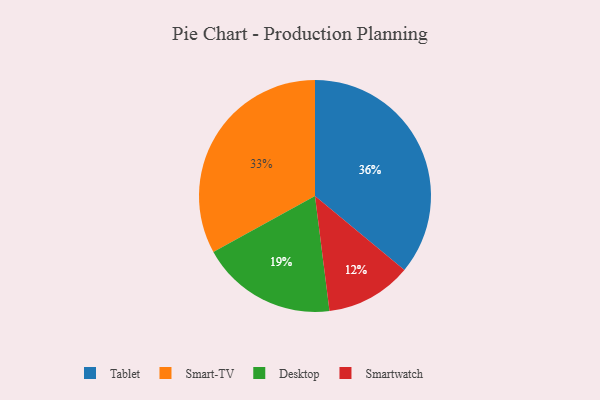
{"axis": {"x": "Category", "y": "Percentage"}, "legend": ["Desktop", "Smart-TV", "Smartwatch", "Tablet"], "data": [{"x": "Tablet", "y": 36, "type": "Tablet"}, {"x": "Smartwatch", "y": 12, "type": "Smartwatch"}, {"x": "Smart-TV", "y": 33, "type": "Smart-TV"}, {"x": "Desktop", "y": 19, "type": "Desktop"}]}